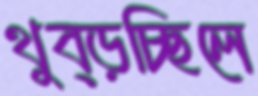
থুব্‌ড়চ্ছিলে